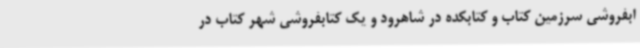
ابفروشی سرزمین کتاب و کتابکده در شاهرود و یک کتابفروشی شهر کتاب در